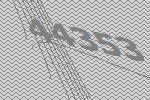
44353